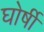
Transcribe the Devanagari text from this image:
घोर्षी